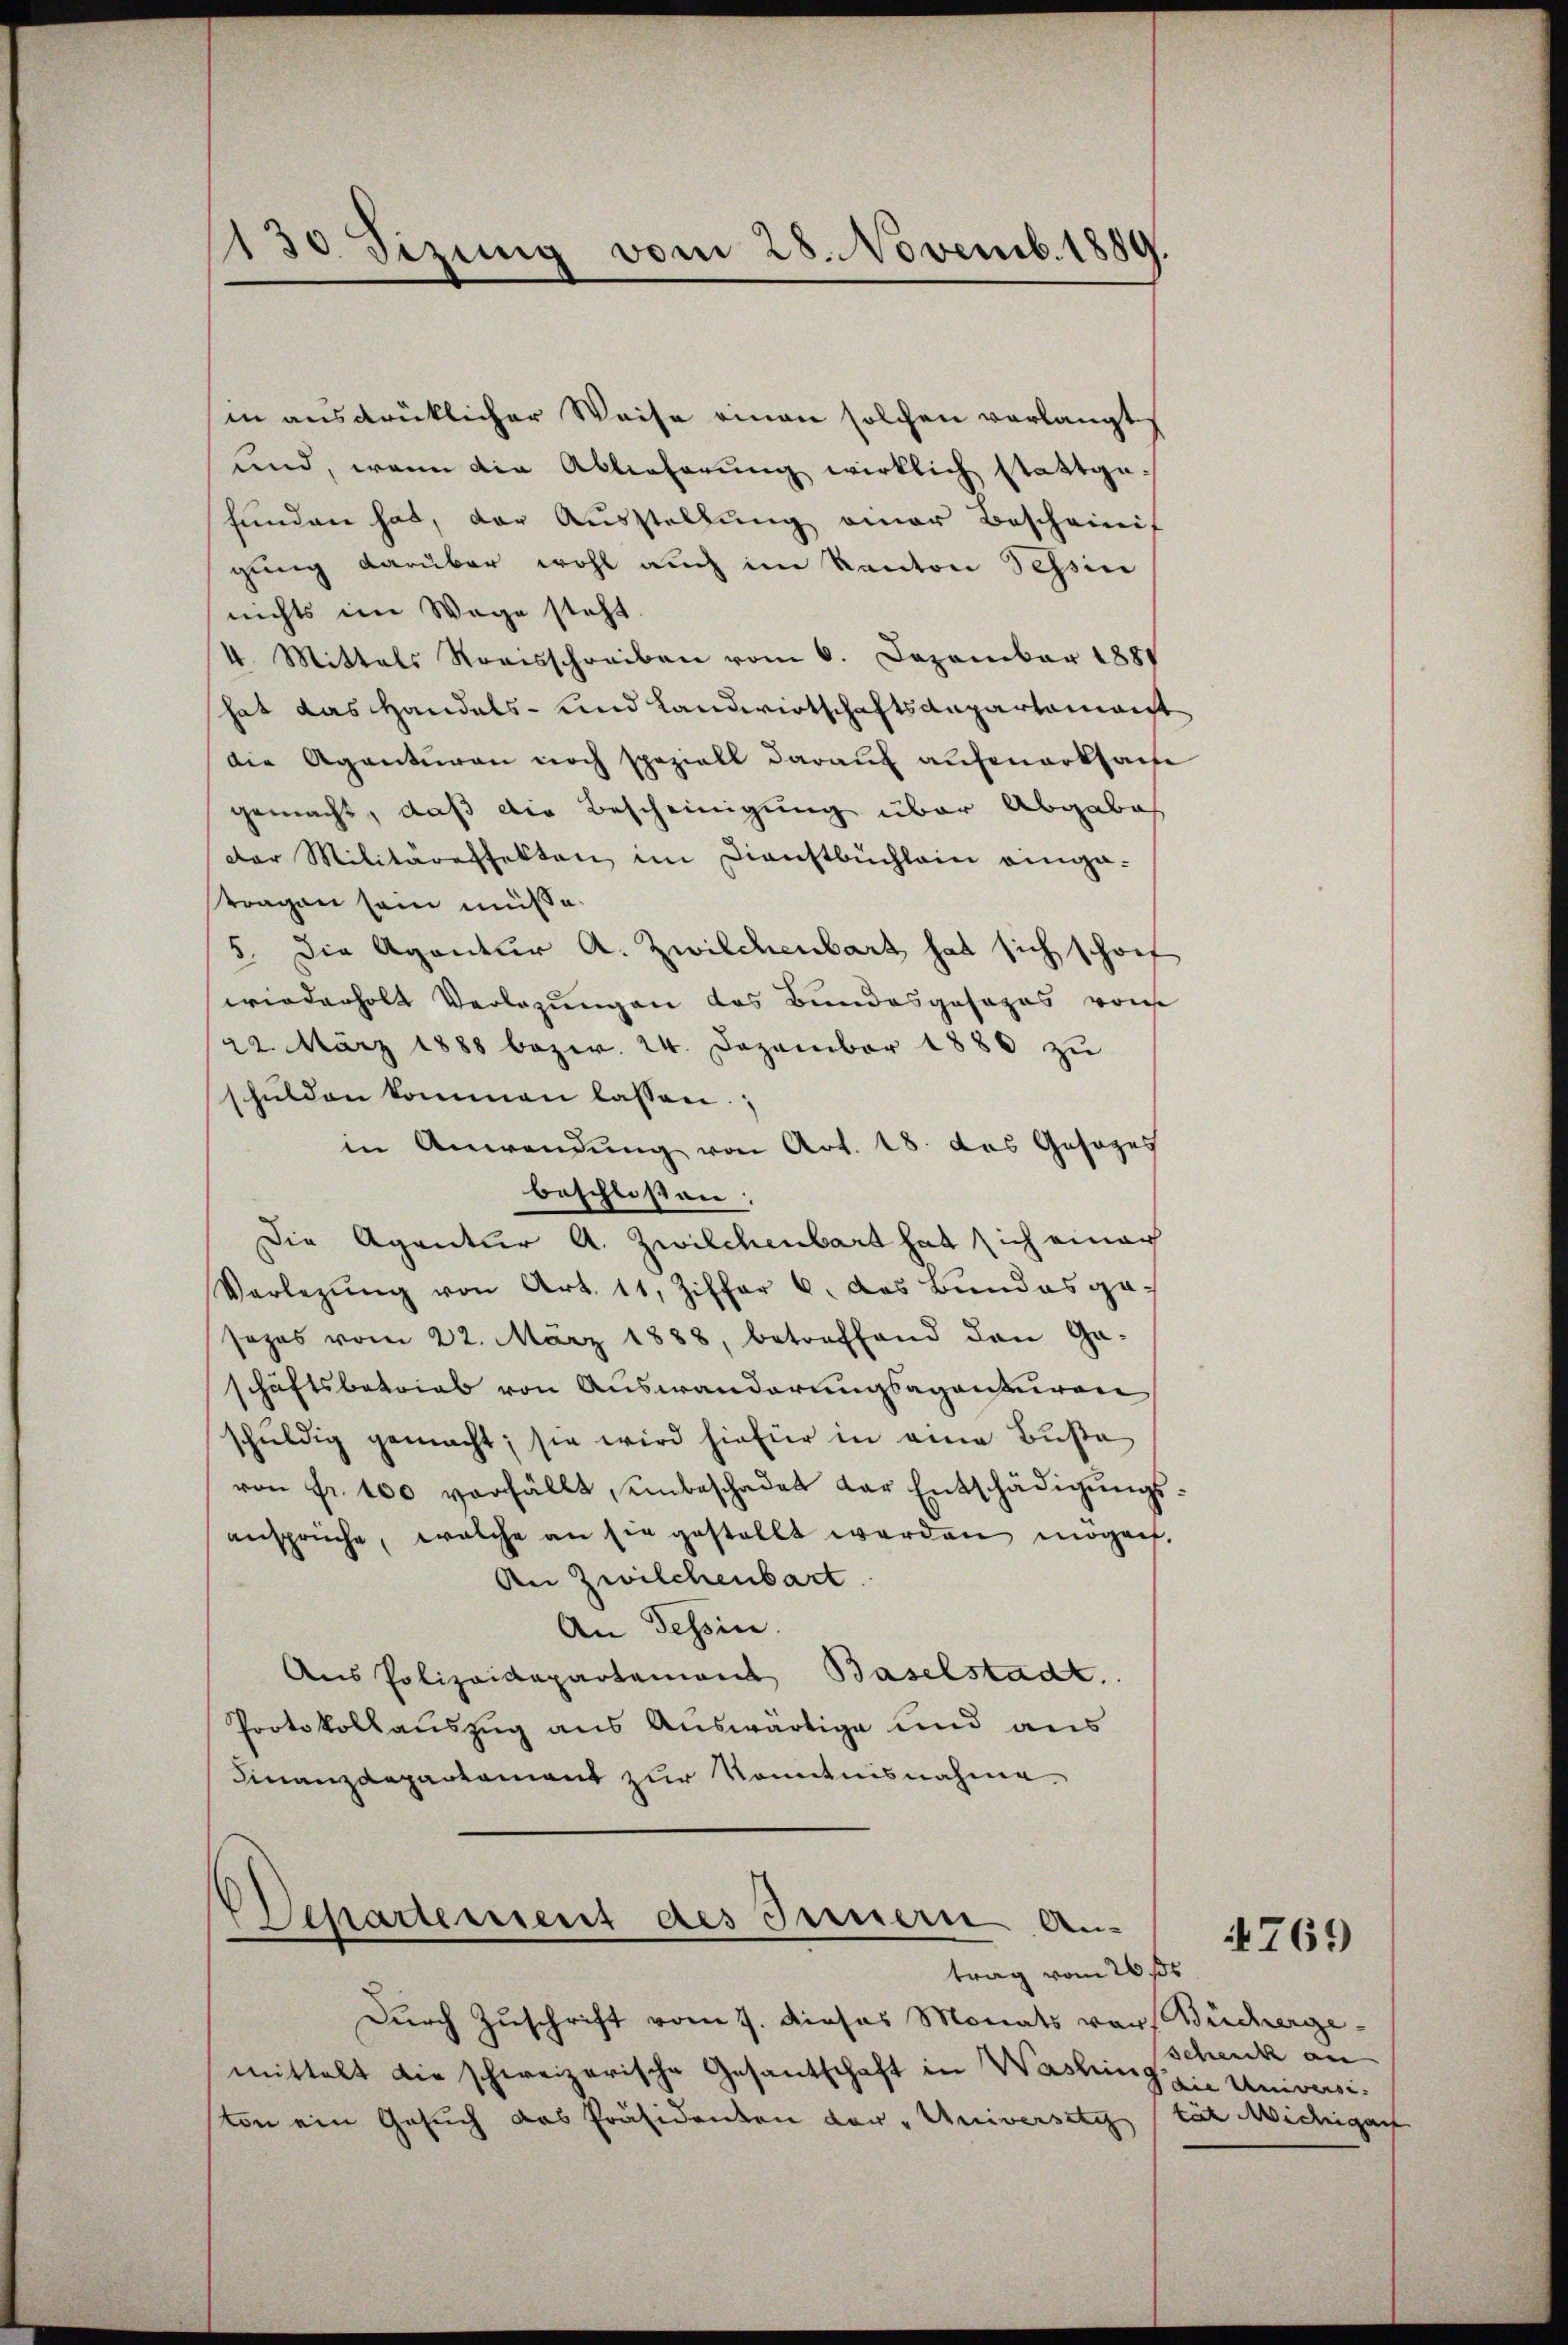
130 Sizung vom 28. Novemb. 1889.

in ausdrücklicher Weise einen solchen verlangt
und, wenn die Ablieferung wirklich stattge-
funden hat, der Ausstellung einer Bescheinif
gung darüber wohl auch im Kanton Tessin
nichts im Wege steht
4. Mittals Streisschreiben vom 6. Dezember 1887
hat das Handels- und Landwirtschaftsanpartamant
die Agenturen noch speziell darauf aufmerksache
gemacht, daß die Bescheinigung über Abgabes
Der Militäreffekten im Dienstbüchlein eingatragen sein müße.
5. Die Agentur A. Zwilchenbart hat sich schof
wiederholt Verlegungen das Bundesgesages von
22. März 1888 bezw. 24. Dezember 1880 zu
schulden kommen lassen.
in Anwendung von Art. 18. das Gesages
beschlossen:
Die Agentuer A. Zwilchenbart hat sich einer
Verlegŭng von Art. 11, Ziffer 6. das Bundes gesezes vom 22. März 1888, betreffend den Ga-
schäftsbetrieb von Auswanderungsagenturen
schuldig gemacht; sie wird hiefür in eine Buße
von fr. 100 verfällt, unbeschadet der Entschädigŭngs-
ansprüche, welche an sie gestellt werden mögen,
An Zwilchenbart
An Tessin.
Aus Polizeidepartement Baselstadt.
Protokollauszug aus Auswärtige und aus
Finanzdepartamant zur Kenntnisnahme.

epartement des Innern Antrag vom 26ste

Durch Zuschrift vom 7. dieses Monats vor Büchergemittelt die schweizerische Gesantschaft in Washing zu Universiton ein Gesuch das Präsidenten der "Universetzt tät Michigant

Schenck an |

769